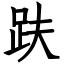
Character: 趺